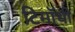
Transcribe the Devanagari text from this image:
टिमॉथी